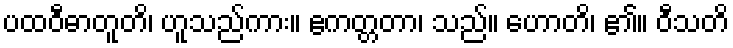
ပထဝီဓာတူတိ၊ ဟူသည်ကား။ ဧကတ္တတာ၊ သည်။ ဟောတိ၊ ၏။ ဝီသတိ